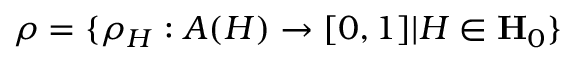
\rho = \{ \rho _ { H } : A ( H ) \rightarrow [ 0 , 1 ] | H \in \mathbf { H } _ { 0 } \}